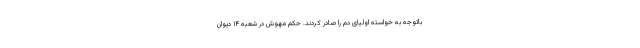
باتوجه به خواسته اولیای دم را صادر کردند. حکم مهوش در شعبه ۱۴ دیوان